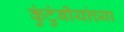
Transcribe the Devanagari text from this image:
कुंटुंबीयांच्या